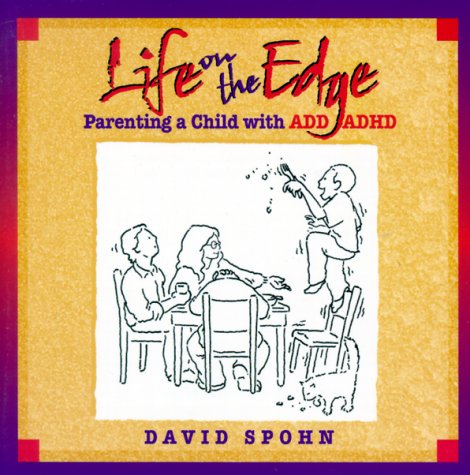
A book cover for Life on the Edge: Parenting a Child with ADD/ADHD; David Spohn; Parenting & Relationships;